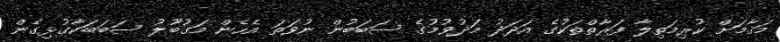
މަޤާމަށް ކުރިމަތިލާ ފަރާތްތަކުގެ އަދަދު މަދުވުމުގެ ސަބަބުން ނުވަތަ އެހެން މަގުބޫލު ސަބަބަކާގުޅިގެން